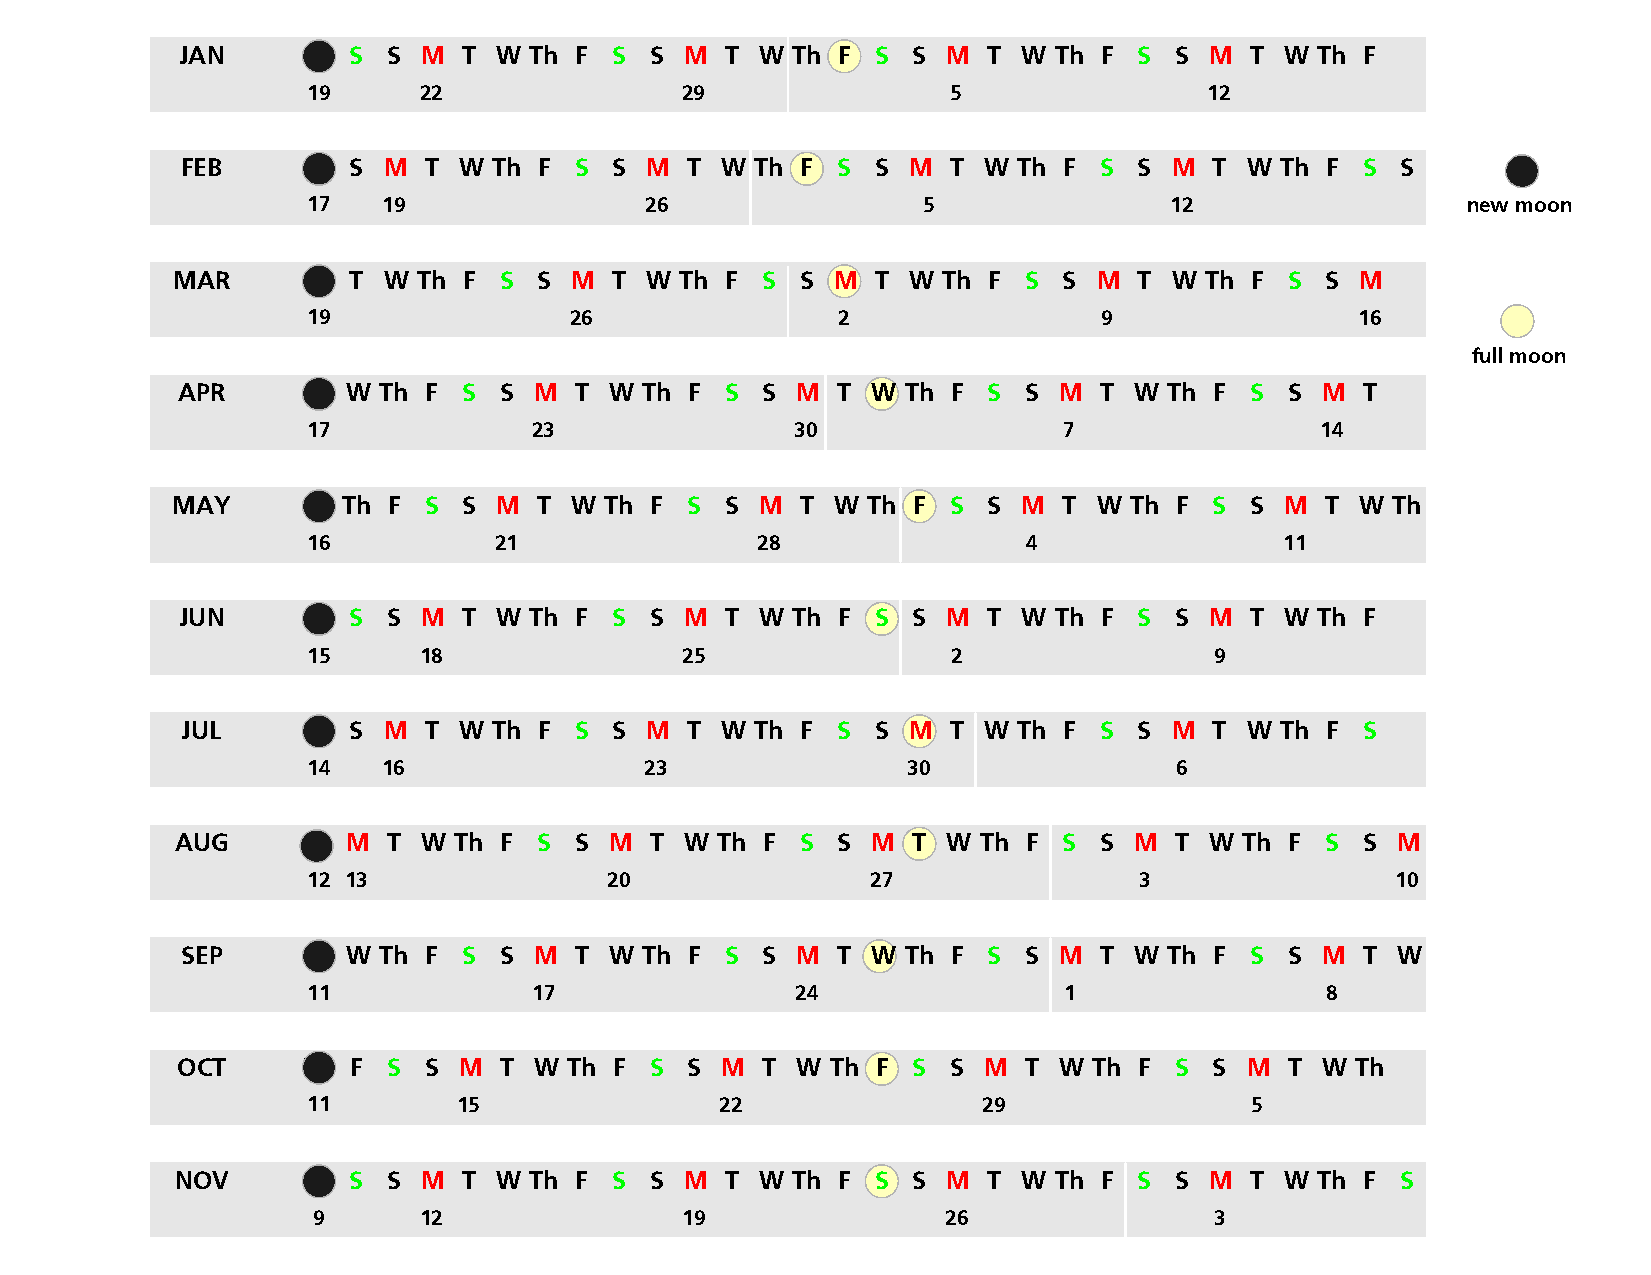
JAN        S  S M  T W Th F  S S M  T W Th F  S S  M T  W Th F S  S M  T W Th F
 19      22               29                5                12
 FEB        S M  T W  Th F S  S M T  W Th F S  S M  T W Th F  S S  M T W  Th F S  S
 17   19                26                5               12                  new moon
 MAR         T W  Th F S  S M  T W Th F S  S M  T W Th F  S S  M T  W Th F S  S M
 19                26               2                 9                16
 full moon
 APR        W Th F  S S M  T W Th  F S S  M T  W Th F S  S M  T W Th F  S S M  T
 17             23                30               7                14
 MAY         Th F S  S M  T W Th F S  S M  T W Th F  S S  M T  W Th F S  S M  T W Th
 16           21               28                4                11
 JUN        S  S M  T W Th F  S S M  T W Th F  S S  M T  W Th F S  S M  T W Th F
 15      18               25                2                9
 JUL        S M  T W  Th F S  S M T  W Th F S  S M  T W Th F  S S  M T W  Th F S
 14   16                23               30                6
 AUG      S M  T W Th F  S S M  T W Th F  S S  M T  W Th F S  S M  T W Th F  S S M
 12 13               20                27               3                10
 SEP      T W Th F  S S M  T W Th  F S S  M T  W Th F S  S M  T W Th F  S S M  T W
 11             17                24               1                 8
 OCT     Th F  S S M  T W  Th F S S  M T  W Th F S  S M  T W Th F  S S M  T W  Th
 11        15                22               29                5
 NOV        S  S M  T W Th F  S S M  T W Th F  S S  M T  W Th F S  S M  T W Th F  S
 9      12               19                26               3